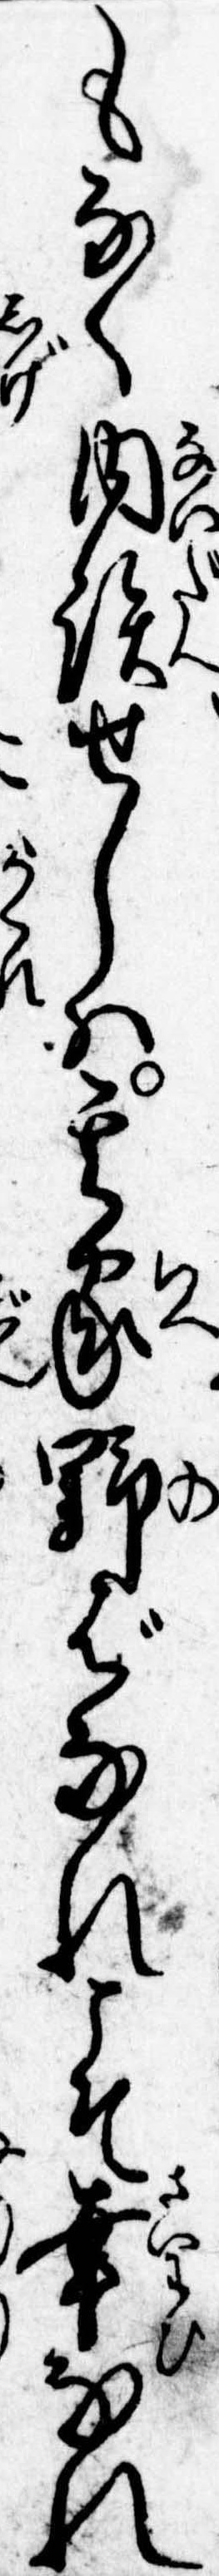
もなく内談せしは其家野ばなれこそ幸なれ